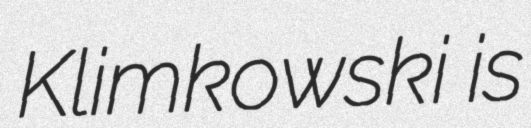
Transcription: Klimkowski is